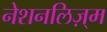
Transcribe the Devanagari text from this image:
नेशनलिज़्म